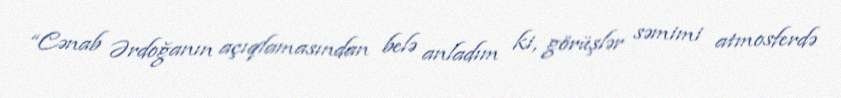
“Cənab Ərdoğanın açıqlamasından belə anladım ki, görüşlər səmimi atmosferdə